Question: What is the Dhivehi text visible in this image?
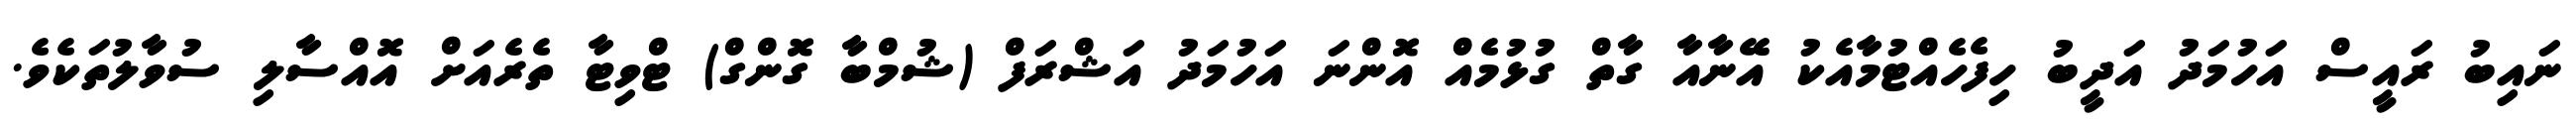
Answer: ނައިބު ރައީސް އަހުމަދު އަދީބު ހިފެހެއްޓުމާއެކު އޭނާއާ ގާތް ގުޅުމެއް އޮންނަ އަހުމަދު އަޝްރަފް (ޝުމްބާ ގޮންގް) ޓްވިޓާ ތެރެއަށް އޮއްސާލި ސުވާލުތަކެވެ.